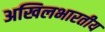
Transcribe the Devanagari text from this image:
अखिलभारतीय